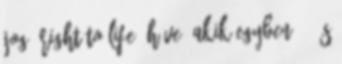
jog „right to life” híve, akik egyben -- és